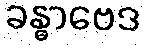
ခန္ဓာဗေဒ